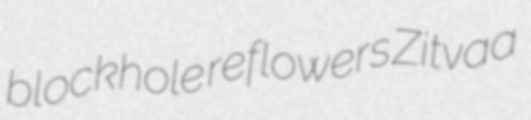
blockhole reflowers Zitvaa